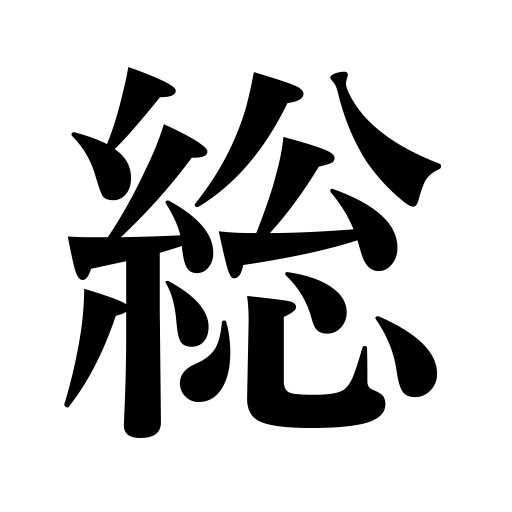
Meanings: gross,total,full,whole,all,general